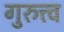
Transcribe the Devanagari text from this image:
गुरुत्त्व